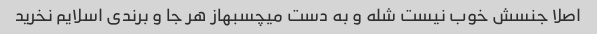
اصلا جنسش خوب نیست شله و‌‌ به دست میچسبهاز هر جا و‌ برندی اسلایم نخرید